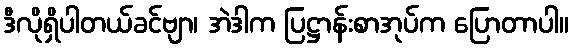
ဒီလိုရှိပါတယ်ခင်ဗျာ၊ အဲဒါက ပြဋ္ဌာန်းစာအုပ်က ပြောတာပါ။